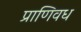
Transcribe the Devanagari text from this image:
प्राणिवध